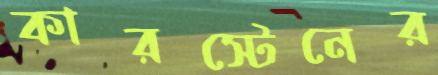
কারস্টেনের